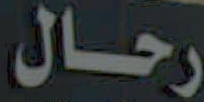
رحال